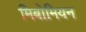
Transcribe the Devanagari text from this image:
मिबोमियन